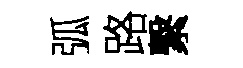
弧路繋